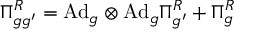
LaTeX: \Pi _ { g g ^ { \prime } } ^ { R } = \mathrm { A d } _ { g } \otimes \mathrm { A d } _ { g } \Pi _ { g ^ { \prime } } ^ { R } + \Pi _ { g } ^ { R }